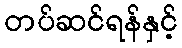
တပ်ဆင်ရန်နှင့်